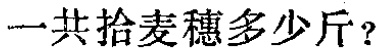
一共拾麦穗多少斤？